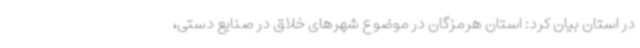
در استان بیان کرد: استان هرمزگان در موضوع شهرهای خلاق در صنایع دستی،